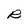
Character: R